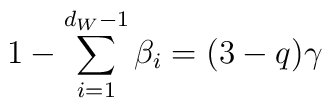
1-\sum_{i=1}^{d_W-1} \beta_i =(3-q) \gamma